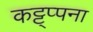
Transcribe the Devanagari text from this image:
कट्ट्प्पना